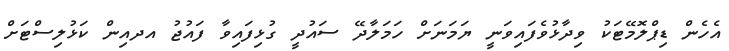
އެހެން ޑިޕްލޮމޭޓަކު ވިދާޅުވެފައިވަނީ ޔަމަނަށް ހަމަލާދޭ ސައުދީ ގުޅިފައިވާ ފައުޖު އދއިން ކަޅުލިސްޓަށް